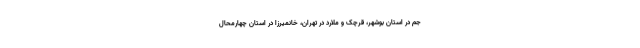
جم در استان بوشهر، قرچک و ملارد در تهران، خانمیرزا در استان چهارمحال